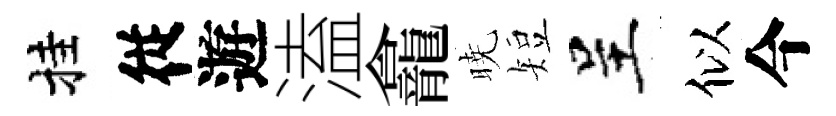
挂従遊溘龕暁短呈似今